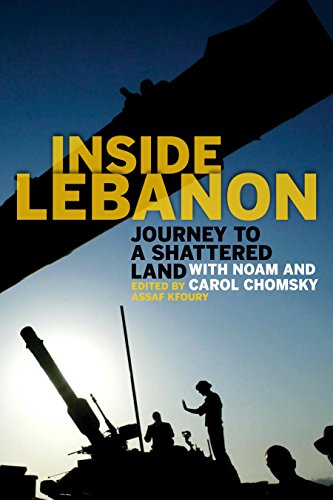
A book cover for Inside Lebanon: Journey to a Shattered Land with Noam and Carol Chomsky; Travel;